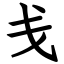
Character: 戋